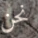
نحن